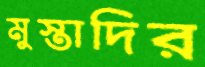
মুস্তাদির